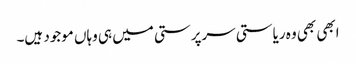
ابھی بھی وہ ریاستی سرپرستی میں ہی وہاں موجود ہیں۔